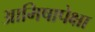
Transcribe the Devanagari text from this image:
आमिषापेक्षा